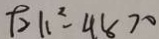
\rho _ { 2 } 1 1 ^ { 2 } - 4 8 > 0